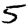
Digit: 5